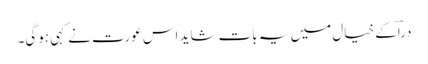
دراؔکے خیال میں یہ بات شاید اس عورت نے کہی ہوگی۔